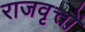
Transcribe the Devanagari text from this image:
राजवृत्तों